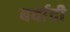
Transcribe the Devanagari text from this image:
बर्वादी